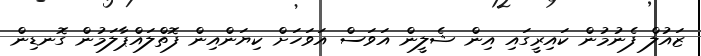
ޒައުލް ފެނުމުން ކައިރީގައި އިން ޝެލީން އަވަސް އަވަހަށް ކިޔަންއިން ފޮތްލައްޕާލަމުން ގޮނޑިން